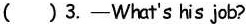
( )3.—What's his job?